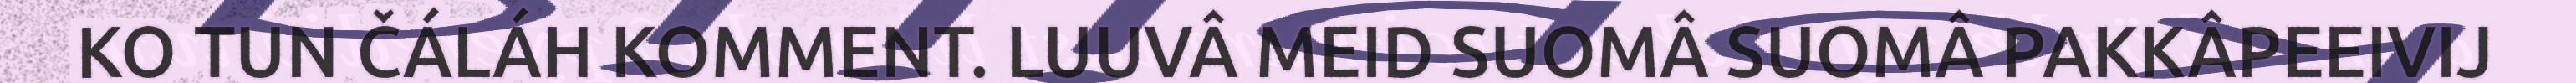
KO TUN ČÁLÁH KOMMENT. LUUVÂ MEID SUOMÂ SUOMÂ PAKKÂPEEIVIJ